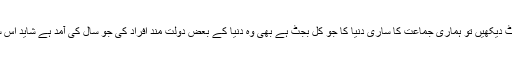
اگر جماعت کا بجٹ دیکھیں تو ہماری جماعت کا ساری دنیا کا جو کُل بجٹ ہے بھی وہ دنیا کے بعض دولت مند افراد کی جو سال کی آمد ہے شاید اس سے بھی کم ہی ہو۔